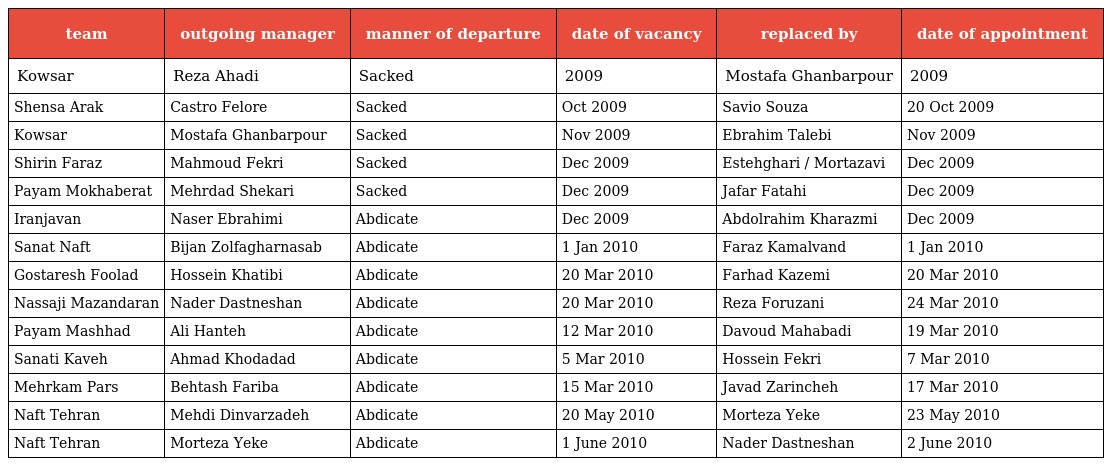
| team | outgoing manager | manner of departure | date of vacancy | replaced by | date of appointment |
 | --- | --- | --- | --- | --- | --- |
 | Kowsar | Reza Ahadi | Sacked | 2009 | Mostafa Ghanbarpour | 2009 |
 | Shensa Arak | Castro Felore | Sacked | Oct 2009 | Savio Souza | 20 Oct 2009 |
 | Kowsar | Mostafa Ghanbarpour | Sacked | Nov 2009 | Ebrahim Talebi | Nov 2009 |
 | Shirin Faraz | Mahmoud Fekri | Sacked | Dec 2009 | Estehghari / Mortazavi | Dec 2009 |
 | Payam Mokhaberat | Mehrdad Shekari | Sacked | Dec 2009 | Jafar Fatahi | Dec 2009 |
 | Iranjavan | Naser Ebrahimi | Abdicate | Dec 2009 | Abdolrahim Kharazmi | Dec 2009 |
 | Sanat Naft | Bijan Zolfagharnasab | Abdicate | 1 Jan 2010 | Faraz Kamalvand | 1 Jan 2010 |
 | Gostaresh Foolad | Hossein Khatibi | Abdicate | 20 Mar 2010 | Farhad Kazemi | 20 Mar 2010 |
 | Nassaji Mazandaran | Nader Dastneshan | Abdicate | 20 Mar 2010 | Reza Foruzani | 24 Mar 2010 |
 | Payam Mashhad | Ali Hanteh | Abdicate | 12 Mar 2010 | Davoud Mahabadi | 19 Mar 2010 |
 | Sanati Kaveh | Ahmad Khodadad | Abdicate | 5 Mar 2010 | Hossein Fekri | 7 Mar 2010 |
 | Mehrkam Pars | Behtash Fariba | Abdicate | 15 Mar 2010 | Javad Zarincheh | 17 Mar 2010 |
 | Naft Tehran | Mehdi Dinvarzadeh | Abdicate | 20 May 2010 | Morteza Yeke | 23 May 2010 |
 | Naft Tehran | Morteza Yeke | Abdicate | 1 June 2010 | Nader Dastneshan | 2 June 2010 |